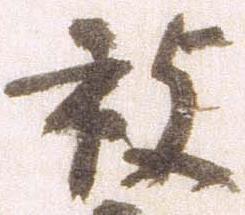
被